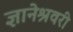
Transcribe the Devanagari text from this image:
ज्ञानेश्रवरी